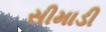
સીમાડી